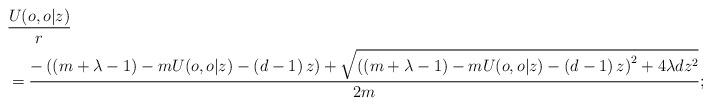
LaTeX: \begin{align*} &\frac{U(o,o\vert z)}{r}\\ &=\frac{-\left(\left(m+\lambda-1\right)-mU(o,o|z)-\left(d-1\right)z\right)+\sqrt{\left(\left(m+\lambda-1\right)-mU(o,o|z)-\left(d-1\right)z\right)^2+4\lambda dz^2}}{2m};\end{align*}